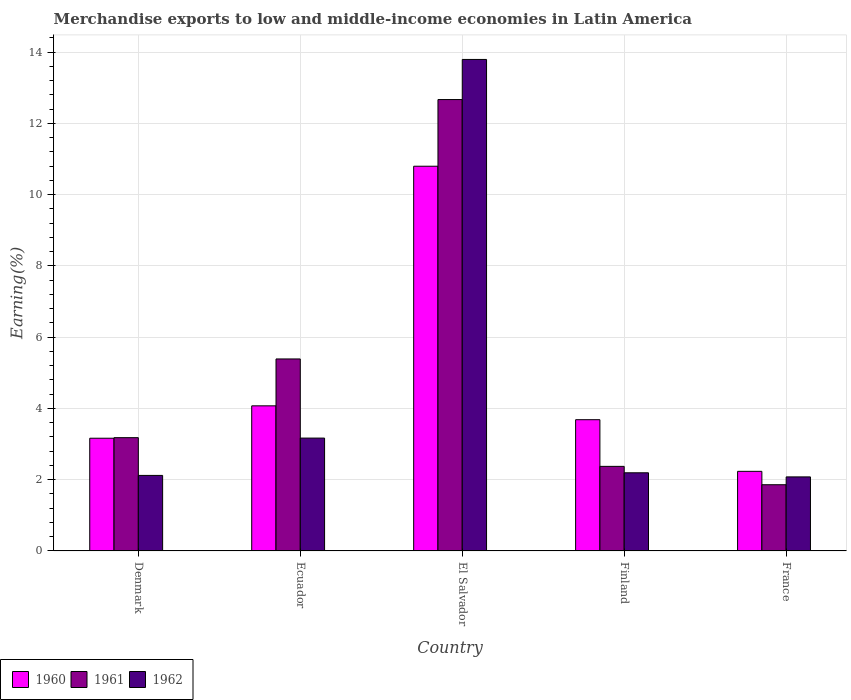
| Country | 1960 | 1961 | 1962 |
 | --- | --- | --- | --- |
 | Denmark | 3.16 | 3.18 | 2.12 |
 | Ecuador | 4.07 | 5.39 | 3.17 |
 | El Salvador | 10.8 | 12.7 | 13.8 |
 | Finland | 3.68 | 2.37 | 2.19 |
 | France | 2.23 | 1.86 | 2.08 |